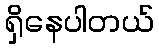
ရှိနေပါတယ်